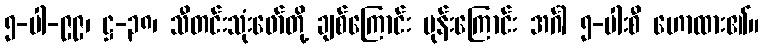
၅-ပါ-၉၉၊ ဋ္ဌ-၃၈၊ သီတင်းသုံးဖော်တို့ ချစ်ကြောင်း မုန်းကြောင်း အင်္ဂါ ၅-ပါးစီ ဟောထား၏။